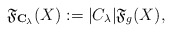
\begin{align*}\mathfrak{F}_{ {\bf{C}_\lambda} }(X):=|C_\lambda|\mathfrak{F}_g(X),\end{align*}